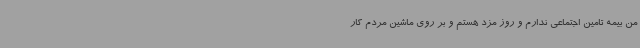
من بیمه تامین اجتماعی ندارم و روز مزد هستم و بر روی ماشین مردم کار